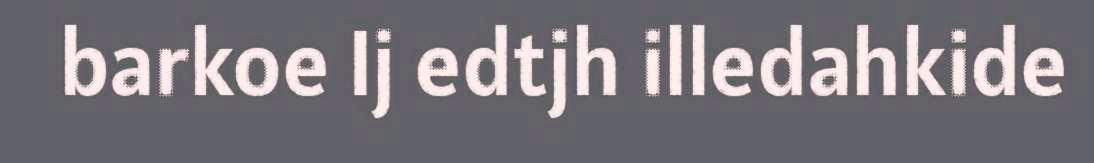
barkoe Ij edtjh illedahkide